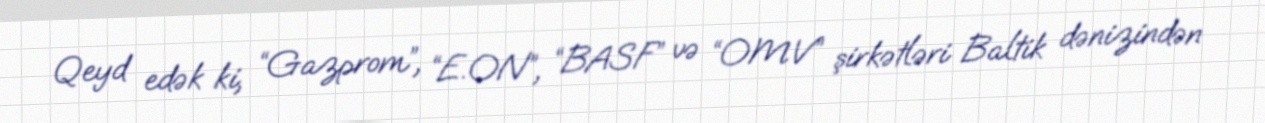
Qeyd edək ki, “Gazprom”, “E.ON”, “BASF” və “OMV” şirkətləri Baltik dənizindən